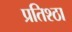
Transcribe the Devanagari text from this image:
प्रतिश्ठा